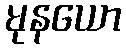
မုနယော